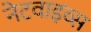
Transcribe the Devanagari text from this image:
नेटवाइव्स